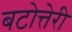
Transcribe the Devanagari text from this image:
बटोत्तेरी